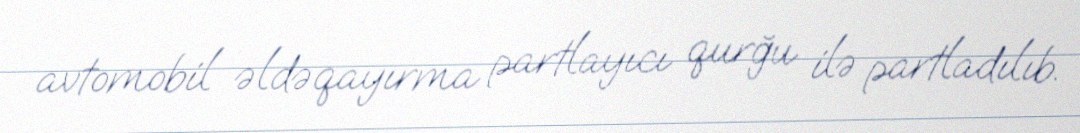
avtomobil əldəqayırma partlayıcı qurğu ilə partladılıb.